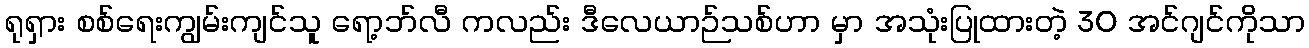
ရုရှား စစ်ရေးကျွမ်းကျင်သူ ရော့ဘ်လီ ကလည်း ဒီလေယာဉ်သစ်ဟာ မှာ အသုံးပြုထားတဲ့ 30 အင်ဂျင်ကိုသာ